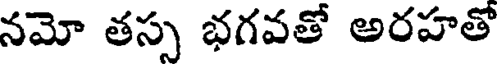
నమో తస్స భగవతో అరహతో